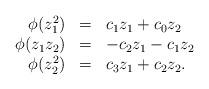
LaTeX: \begin{align*}\begin{array}{rcl} \phi(z_1^2) & = & c_1z_1+c_0z_2 \\ \phi(z_1z_2) & = & -c_2z_1-c_1z_2 \\ \phi(z_2^2) & = & c_3z_1+c_2z_2.\end{array}\end{align*}